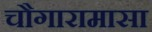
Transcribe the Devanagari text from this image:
चौगारामासा